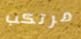
مرتكب